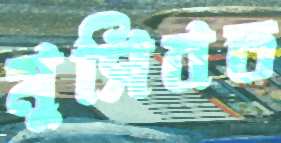
মুসিবত